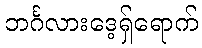
ဘင်္ဂလားဒေ့ရှ်ရောက်